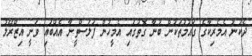
ދެކުނު އެމެރިކާގެ ގައުމުތަކުން ބުނާ ގޮތުގައި އެމީހުން ފަލަސްތީނާ އެއްބައި ވަނީ އިޒްރޭލު